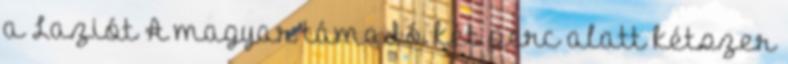
a Laziót A magyar támadó két perc alatt kétszer